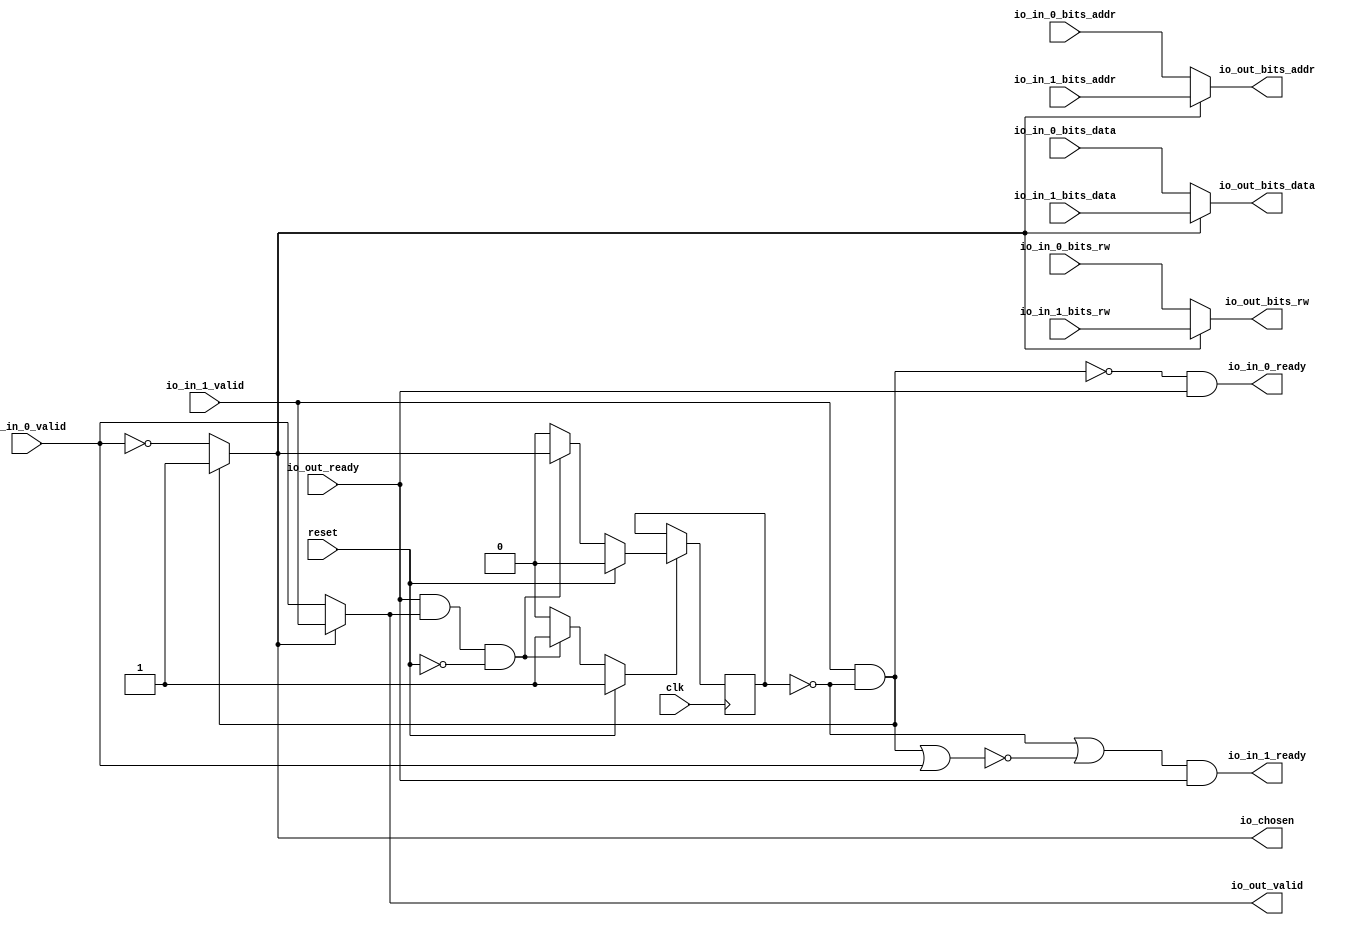
// This program was cloned from: https://github.com/NYU-MLDA/OpenABC
// License: BSD 3-Clause "New" or "Revised" License

module RRArbiter_1
(
  clk,
  reset,
  io_in_1_ready,
  io_in_1_valid,
  io_in_1_bits_rw,
  io_in_1_bits_addr,
  io_in_1_bits_data,
  io_in_0_ready,
  io_in_0_valid,
  io_in_0_bits_rw,
  io_in_0_bits_addr,
  io_in_0_bits_data,
  io_out_ready,
  io_out_valid,
  io_out_bits_rw,
  io_out_bits_addr,
  io_out_bits_data,
  io_chosen
);

  input [11:0] io_in_1_bits_addr;
  input [63:0] io_in_1_bits_data;
  input [11:0] io_in_0_bits_addr;
  input [63:0] io_in_0_bits_data;
  output [11:0] io_out_bits_addr;
  output [63:0] io_out_bits_data;
  input clk;
  input reset;
  input io_in_1_valid;
  input io_in_1_bits_rw;
  input io_in_0_valid;
  input io_in_0_bits_rw;
  input io_out_ready;
  output io_in_1_ready;
  output io_in_0_ready;
  output io_out_valid;
  output io_out_bits_rw;
  output io_chosen;
  wire [11:0] io_out_bits_addr;
  wire [63:0] io_out_bits_data;
  wire io_in_1_ready,io_in_0_ready,io_out_valid,io_out_bits_rw,io_chosen,N0,N1,N2,N3,
  N4,N5,N6,T1,N7,T2,T4,N8,T11,T18,T12,T13,T16,T14,T15,T17,T20,T24,T21,T22,T23,T26,
  T25,N9,N10,N11,N12,N13,N14,N15;
  reg last_grant;
  assign T17 = N0 & 1'b0;
  assign N0 = ~last_grant;
  assign T18 = N1 & 1'b0;
  assign N1 = ~last_grant;

  always @(posedge clk) begin
    if(N11) begin
      last_grant <= N12;
    end 
  end

  assign N15 = ~io_in_0_valid;
  assign io_chosen = (N2)? 1'b1 : 
                     (N3)? N15 : 1'b0;
  assign N2 = T1;
  assign N3 = N7;
  assign io_out_bits_data = (N4)? io_in_1_bits_data : 
                            (N5)? io_in_0_bits_data : 1'b0;
  assign N4 = io_chosen;
  assign N5 = N8;
  assign io_out_bits_addr = (N4)? io_in_1_bits_addr : 
                            (N5)? io_in_0_bits_addr : 1'b0;
  assign io_out_bits_rw = (N4)? io_in_1_bits_rw : 
                          (N5)? io_in_0_bits_rw : 1'b0;
  assign io_out_valid = (N4)? io_in_1_valid : 
                        (N5)? io_in_0_valid : 1'b0;
  assign N11 = (N6)? 1'b1 : 
               (N14)? 1'b1 : 
               (N10)? 1'b0 : 1'b0;
  assign N6 = reset;
  assign N12 = (N6)? 1'b0 : 
               (N14)? io_chosen : 1'b0;
  assign N7 = ~T1;
  assign T1 = io_in_1_valid & T2;
  assign T2 = ~last_grant;
  assign T4 = io_out_ready & io_out_valid;
  assign N8 = ~io_chosen;
  assign io_in_0_ready = T11 & io_out_ready;
  assign T11 = T18 | T12;
  assign T12 = ~T13;
  assign T13 = T16 | T14;
  assign T14 = io_in_1_valid & T15;
  assign T15 = ~last_grant;
  assign T16 = io_in_0_valid & T17;
  assign io_in_1_ready = T20 & io_out_ready;
  assign T20 = T24 | T21;
  assign T21 = ~T22;
  assign T22 = T23 | io_in_0_valid;
  assign T23 = T16 | T14;
  assign T24 = T26 & T25;
  assign T25 = ~last_grant;
  assign T26 = ~T16;
  assign N9 = T4 | reset;
  assign N10 = ~N9;
  assign N13 = ~reset;
  assign N14 = T4 & N13;

endmodule